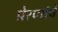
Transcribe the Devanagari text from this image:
प्रेरणांचे